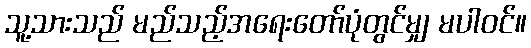
သူ့သားသည် မည်သည့်အရေးတော်ပုံတွင်မျှ မပါဝင်။